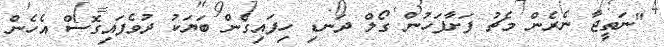
"ނަތީޖާ ނެރެން މެޗު ފަށާފަހުން ގޯލް ދަނޑި ހިފައިގެން ބަޔަކު ދުވެފައިގޮސް އެހެން